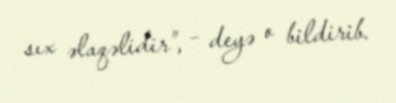
sıx əlaqəlidir”, – deyə o bildirib.